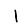
Digit: 1